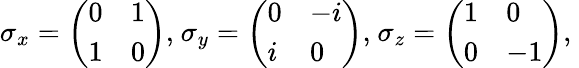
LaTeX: \begin{array}{r}{\sigma_{x}=\left(\begin{array}{ll}{0}&{1}\\ {1}&{0}\end{array}\right)\textrm{,}\ \sigma_{y}=\left(\begin{array}{ll}{0}&{-i}\\ {i}&{0}\end{array}\right)\textrm{,}\ \sigma_{z}=\left(\begin{array}{ll}{1}&{0}\\ {0}&{-1}\end{array}\right)\textrm{,}\ }\end{array}